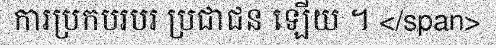
ការប្រកបរបរ ប្រជាជន ឡើយ ។ </span>